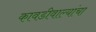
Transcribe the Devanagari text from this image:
कावडीवाल्यांचा